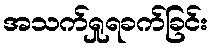
အသက်ရှုရခက်ခြင်း